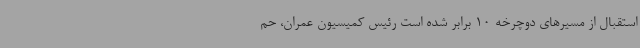
استقبال از مسیرهای دوچرخه 10 برابر شده است رئیس کمیسیون عمران، حم